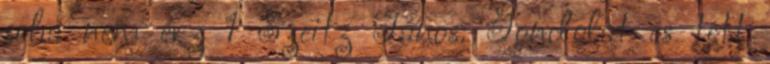
soha nem érz 1 Szeitz János: Gondolat és tett